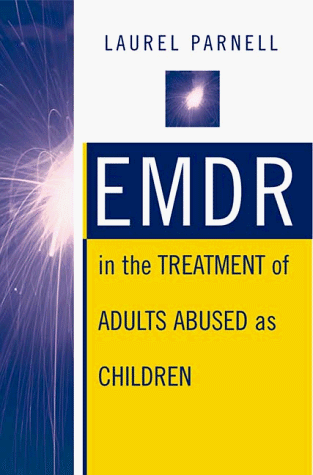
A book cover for EMDR in the Treatment of Adults Abused as Children (Norton Professional Books); Laurel Parnell Ph.D.; Health, Fitness & Dieting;